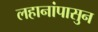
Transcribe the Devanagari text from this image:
लहानांपासुन